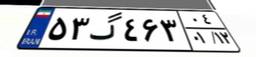
۰۸گ۶۵۰۳۷